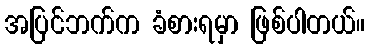
အပြင်ဘက်က ခံစားရမှာ ဖြစ်ပါတယ်။